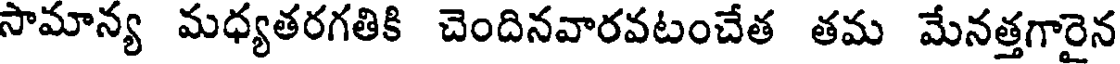
సామాన్య మధ్యతరగతికి చెందినవారవటంచేత తమ మేనత్తగారైన